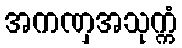
အကဏှအသုက္ကံ